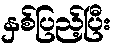
နှစ်ပြည့်ပြီး